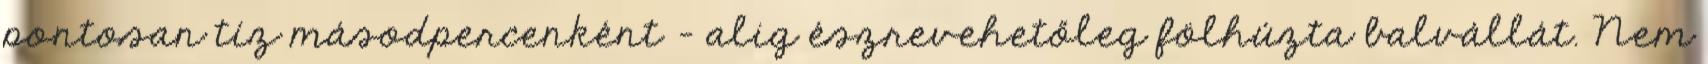
pontosan tíz másodpercenként – alig észrevehetőleg fölhúzta balvállát. Nem